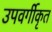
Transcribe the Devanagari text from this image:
उपवर्गीकृत